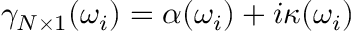
\gamma _ { N \times 1 } ( \omega _ { i } ) = \alpha ( \omega _ { i } ) + i \kappa ( \omega _ { i } )